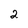
Character: 2